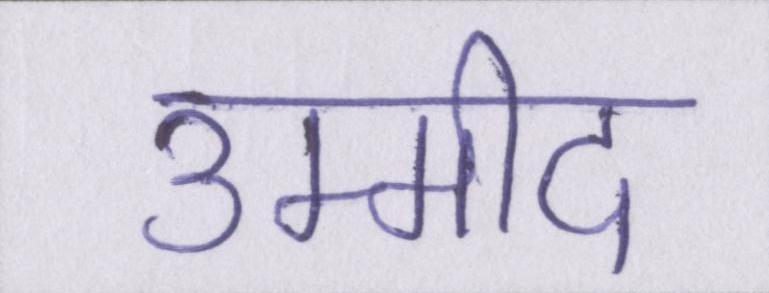
उम्मीद